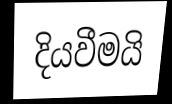
දියවීමයි